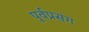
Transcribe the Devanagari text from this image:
पूर्वप्रसंग